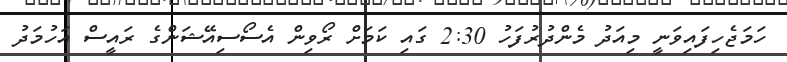
ހަމަޖެހިފައިވަނީ މިއަދު މެންދުރުފަހު 2:30 ގައި ކަމަށް ރޯވިން އެސޯސިއޭޝަންގެ ރައީސް އަހުމަދު